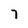
Character: 7